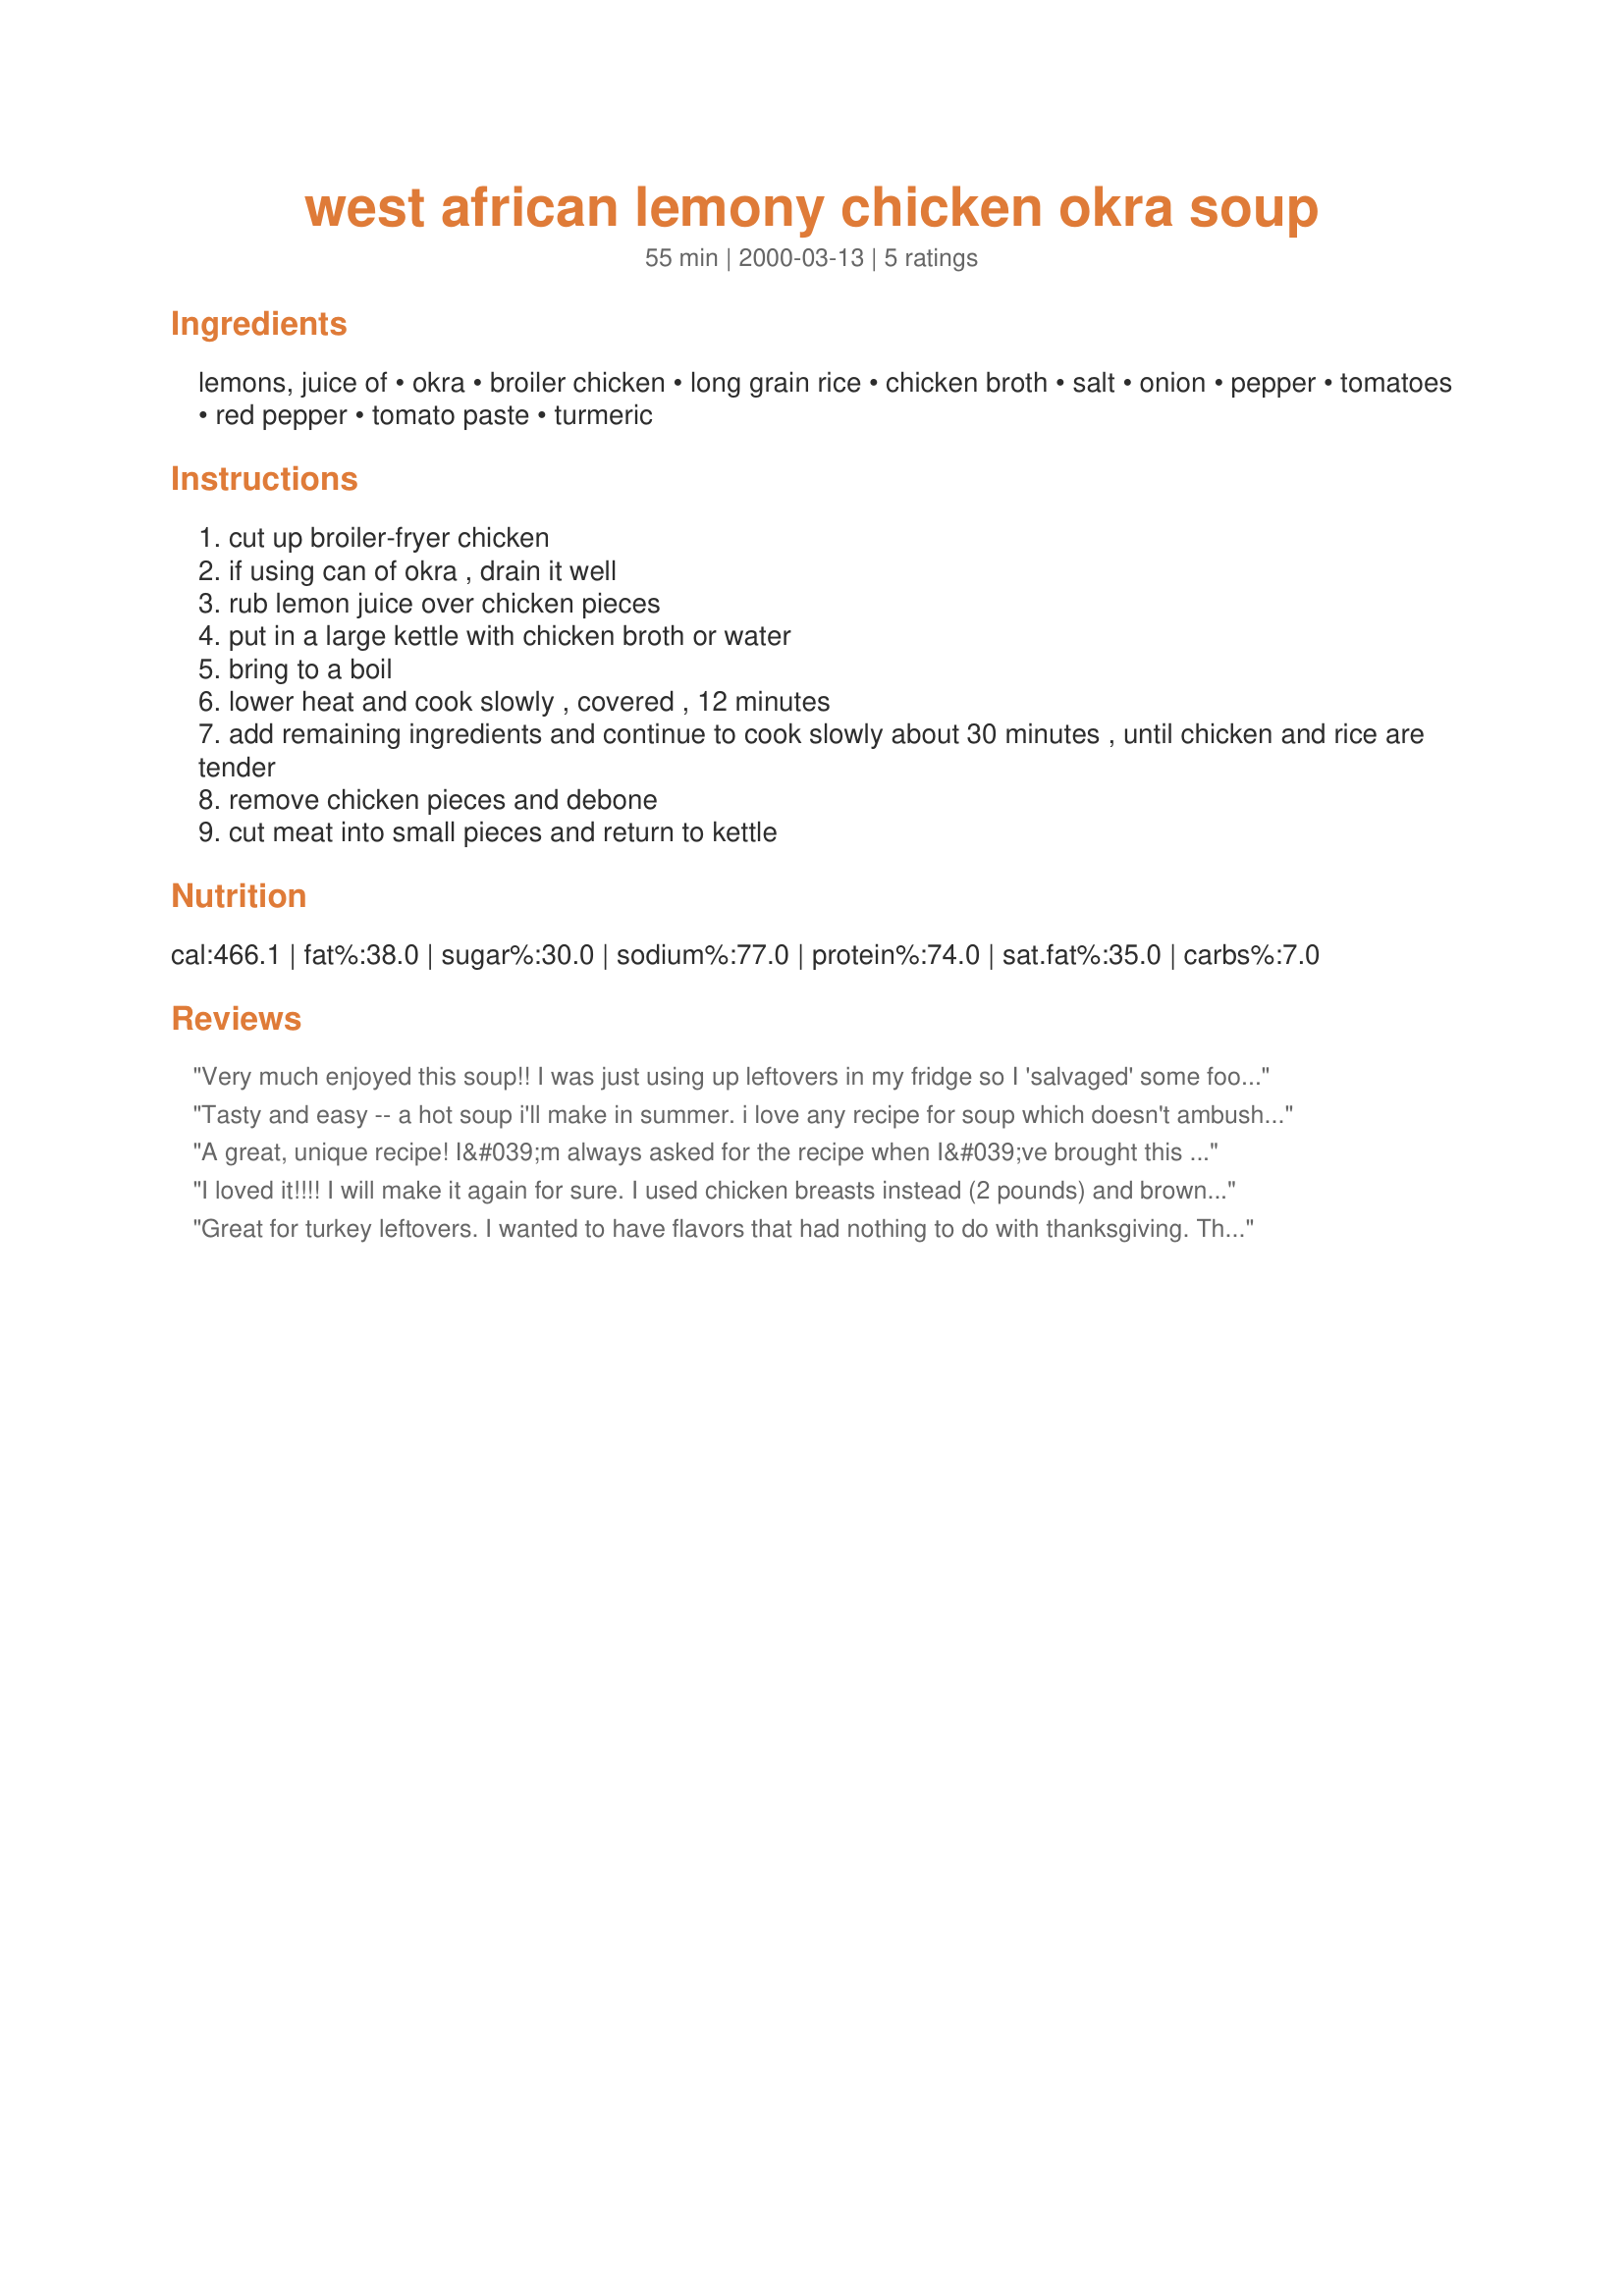
west african lemony chicken okra soup
Preparation time: 55 minutes

Ingredients:
lemons, juice of, okra, broiler chicken, long grain rice, chicken broth, salt, onion, pepper, tomatoes, red pepper, tomato paste, turmeric

Steps:
cut up broiler-fryer chicken
if using can of okra , drain it well
rub lemon juice over chicken pieces
put in a large kettle with chicken broth or water
bring to a boil
lower heat and cook slowly , covered , 12 minutes
add remaining ingredients and continue to cook slowly about 30 minutes , until chicken and rice are tender
remove chicken pieces and debone
cut meat into small pieces and return to kettle

Reviews:
Very much enjoyed this soup!! I was just using up leftovers in my fridge so I 'salvaged' some food that might have been tossed out. I didnt have any tumeric, so substituted ground mustard also didnt add the tomato paste because my okra was canned and had tomatoes in them. This recipe was on the spicy side even for heat lovers like myself. Will definately be making this again!
Tasty and easy -- a hot soup i'll make in summer.
i love any recipe for soup which doesn't ambush you half way through with "Now add 11 cups chicken stock". West African food is worth a really close look if you've never tried it -- lots of veggies, chicken rather than red meat, etc.
A great, unique recipe! I&#039;m always asked for the recipe when I&#039;ve brought this to potlucks. &lt;br/&gt;My variations include adding artichokes (what I used one time when I didn&#039;t have any okra), and making it as a rice dish (basically, just cutting back the liquid and cooking the ingredients in with the steaming rice).
I loved it!!!! I will make it again for sure.
I used chicken breasts instead (2 pounds) and brown rice. I also used 3 tablespoons of turmeric (b/c I love spicy stuff!)
Great for turkey leftovers. I wanted to have flavors that had nothing to do with thanksgiving. This fit the bill.
